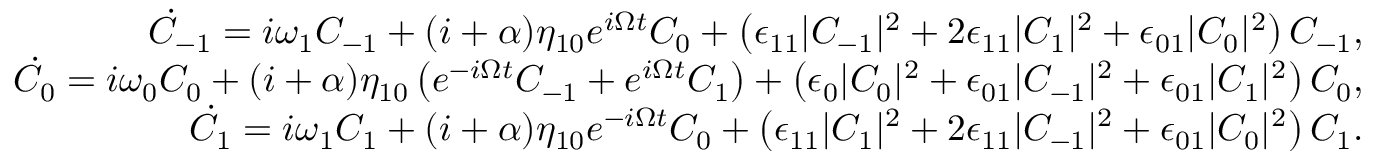
\begin{array} { r l r } & { } & { \dot { C } _ { - 1 } = i \omega _ { 1 } C _ { - 1 } + ( i + \alpha ) \eta _ { 1 0 } e ^ { i \Omega t } C _ { 0 } + \left( \epsilon _ { 1 1 } | C _ { - 1 } | ^ { 2 } + 2 \epsilon _ { 1 1 } | C _ { 1 } | ^ { 2 } + \epsilon _ { 0 1 } | C _ { 0 } | ^ { 2 } \right) C _ { - 1 } , } \\ & { } & { \dot { C } _ { 0 } = i \omega _ { 0 } C _ { 0 } + ( i + \alpha ) \eta _ { 1 0 } \left( e ^ { - i \Omega t } C _ { - 1 } + e ^ { i \Omega t } C _ { 1 } \right) + \left( \epsilon _ { 0 } | C _ { 0 } | ^ { 2 } + \epsilon _ { 0 1 } | C _ { - 1 } | ^ { 2 } + \epsilon _ { 0 1 } | C _ { 1 } | ^ { 2 } \right) C _ { 0 } , } \\ & { } & { \dot { C } _ { 1 } = i \omega _ { 1 } C _ { 1 } + ( i + \alpha ) \eta _ { 1 0 } e ^ { - i \Omega t } C _ { 0 } + \left( \epsilon _ { 1 1 } | C _ { 1 } | ^ { 2 } + 2 \epsilon _ { 1 1 } | C _ { - 1 } | ^ { 2 } + \epsilon _ { 0 1 } | C _ { 0 } | ^ { 2 } \right) C _ { 1 } . } \end{array}